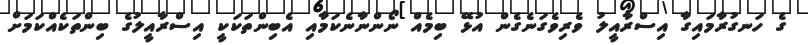
ގެ ހަނގުރާމައިގާ އިސްރާއީލު ވެރިވެގަނެގެން އުޅޭ ބިމެއް ނޯންނާނެކަމާއި އެބިންތަކަކީ އިސްރާއީލުގެ ބިންތަކެއްކަމަށް